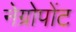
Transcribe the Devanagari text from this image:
नेग्रोपोंट